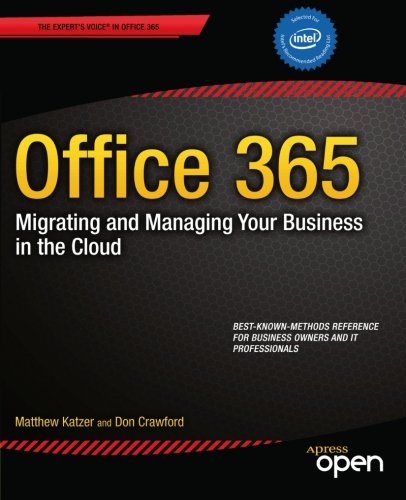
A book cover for Office 365: Migrating and Managing Your Business in the Cloud; Matthew Katzer; Computers & Technology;